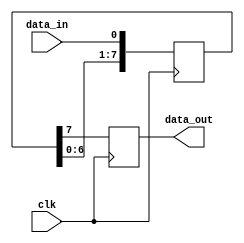
module SISO_shift_register(
    input clk,
    input data_in,
    output reg data_out
);

reg [7:0] shift_reg;

always @(posedge clk) begin
    // Shift data through the register
    shift_reg <= {shift_reg[6:0], data_in};
    
    // Output the shifted data
    data_out <= shift_reg[7];
end

endmodule